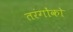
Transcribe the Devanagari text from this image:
तरंगोंको